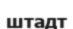
штадт